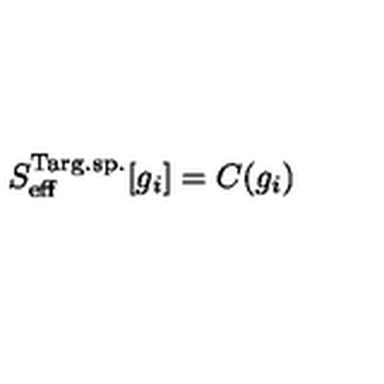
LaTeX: S _ { \mathrm { e f f } } ^ { \mathrm { T a r g . s p . } } [ g _ { i } ] = C ( g _ { i } )